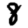
Digit: 8